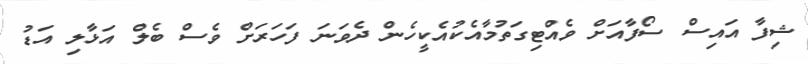
ޝިފާ އައިސް ސޯފާއަށް ވެއްޓިގަތުމާއެކުއެކީހެން ދެވަނަ ފަހަރަށް ވެސް ބެލް އަޅާލި އަޑު